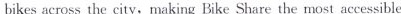
bikes across the city, making Bike Share the most accessible